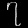
Digit: ၇